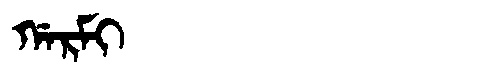
Manchu: ᡤᠠᡵᠮᡳ
Romanization: GARMI